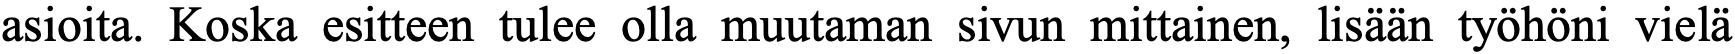
asioita. Koska esitteen tulee olla muutaman sivun mittainen, lisään työhöni vielä